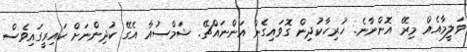
ވަލީމާއެއް މިރޭ އޮންނާނެ. ހުރިހާކުދިން ގޮވައިގެން އަންނައްޗޭ. ޝަމްސުއާ އެގޭ ކުދިންނަށް ކައިރީގައިވެސް